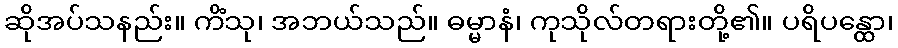
ဆိုအပ်သနည်း။ ကိံသု၊ အဘယ်သည်။ ဓမ္မာနံ၊ ကုသိုလ်တရားတို့၏။ ပရိပန္ထော၊